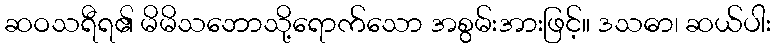
ဆဝသရီရ၏ မိမိသဘောသို့ရောက်သော အစွမ်းအားဖြင့်။ ဒသဓာ၊ ဆယ်ပါး